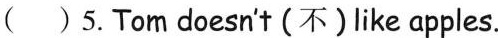
( ) 5.Tom doesn't(不)like apples.